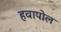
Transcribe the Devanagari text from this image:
हवापोल